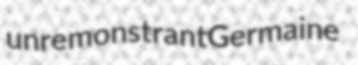
unremonstrant Germaine